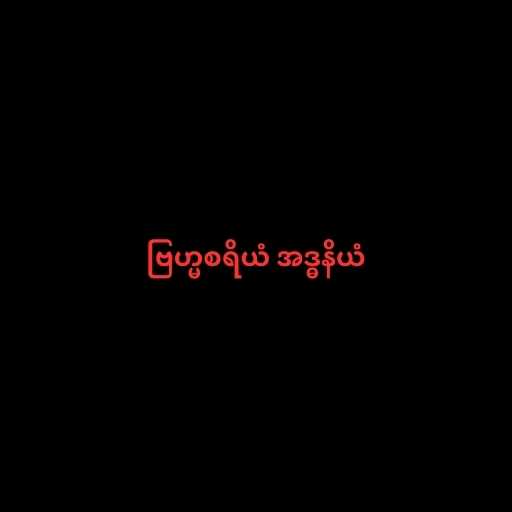
ဗြဟ္မစရိယံ အဒ္ဓနိယံ